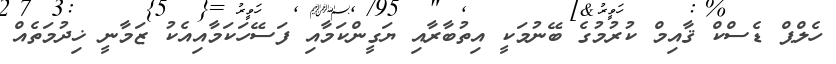
ހެލްޕް ޑެސްކް ޤާއިމް ކުރުމުގެ ބޭނުމަކީ އިތުބާރާއި ޔަގީންކަމާއި ފަސޭހަކަމާއިއެކު ޒަމާނީ ޚިދުމަތެއް